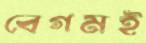
বেগমই